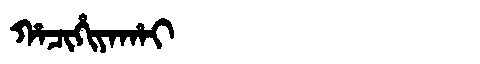
Manchu: ᡥᠠᠴᡳᡥᡳᠶᠠᡥᠠᡳ
Romanization: HACIHIYAHAI